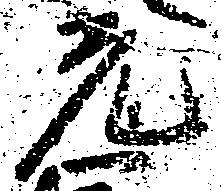
光